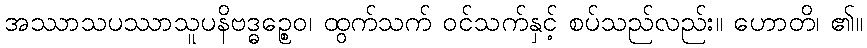
အဿာသပဿာသူပနိဗဒ္ဓဉ္စေဝ၊ ထွက်သက် ဝင်သက်နှင့် စပ်သည်လည်း။ ဟောတိ၊ ၏။